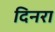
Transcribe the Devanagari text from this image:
दिनरा